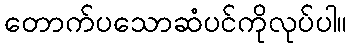
တောက်ပသောဆံပင်ကိုလုပ်ပါ။